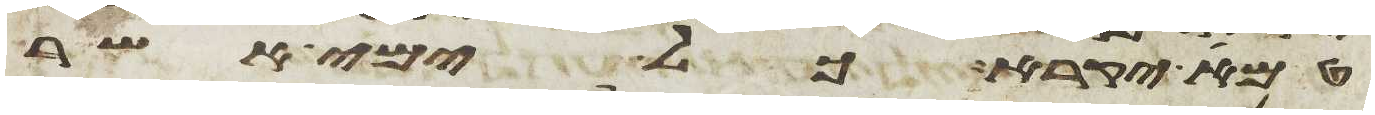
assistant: טמא יקרא כל ימי אשר